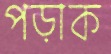
পড়াক